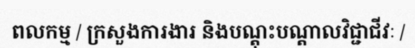
ពលកម្ម / ក្រសួងការងារ និងបណ្តុះបណ្តាលវិជ្ជាជីវៈ /